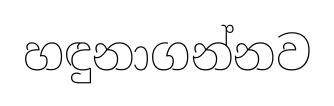
හඳුනාගන්නව